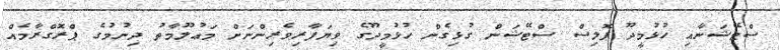
ސްޓޭޝަނާއި ހުޅުމީދޫ ޕޮލިސް ސްޓޭޝަން ގުޅިގެން ހުޅުމީދޫގެ ވިޔަފާރިވެރިންނަށް މަޢުލޫމާތު ދިނުމުގެ ޕްރޮގްރާމެއް